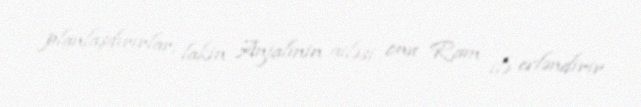
planlaşdırırlar, lakin Anjalinin ailəsi onu Ram ilə evləndirir.